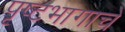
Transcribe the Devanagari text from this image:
पृष्टभागाचे